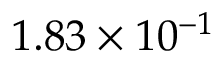
1 . 8 3 \times 1 0 ^ { - 1 }